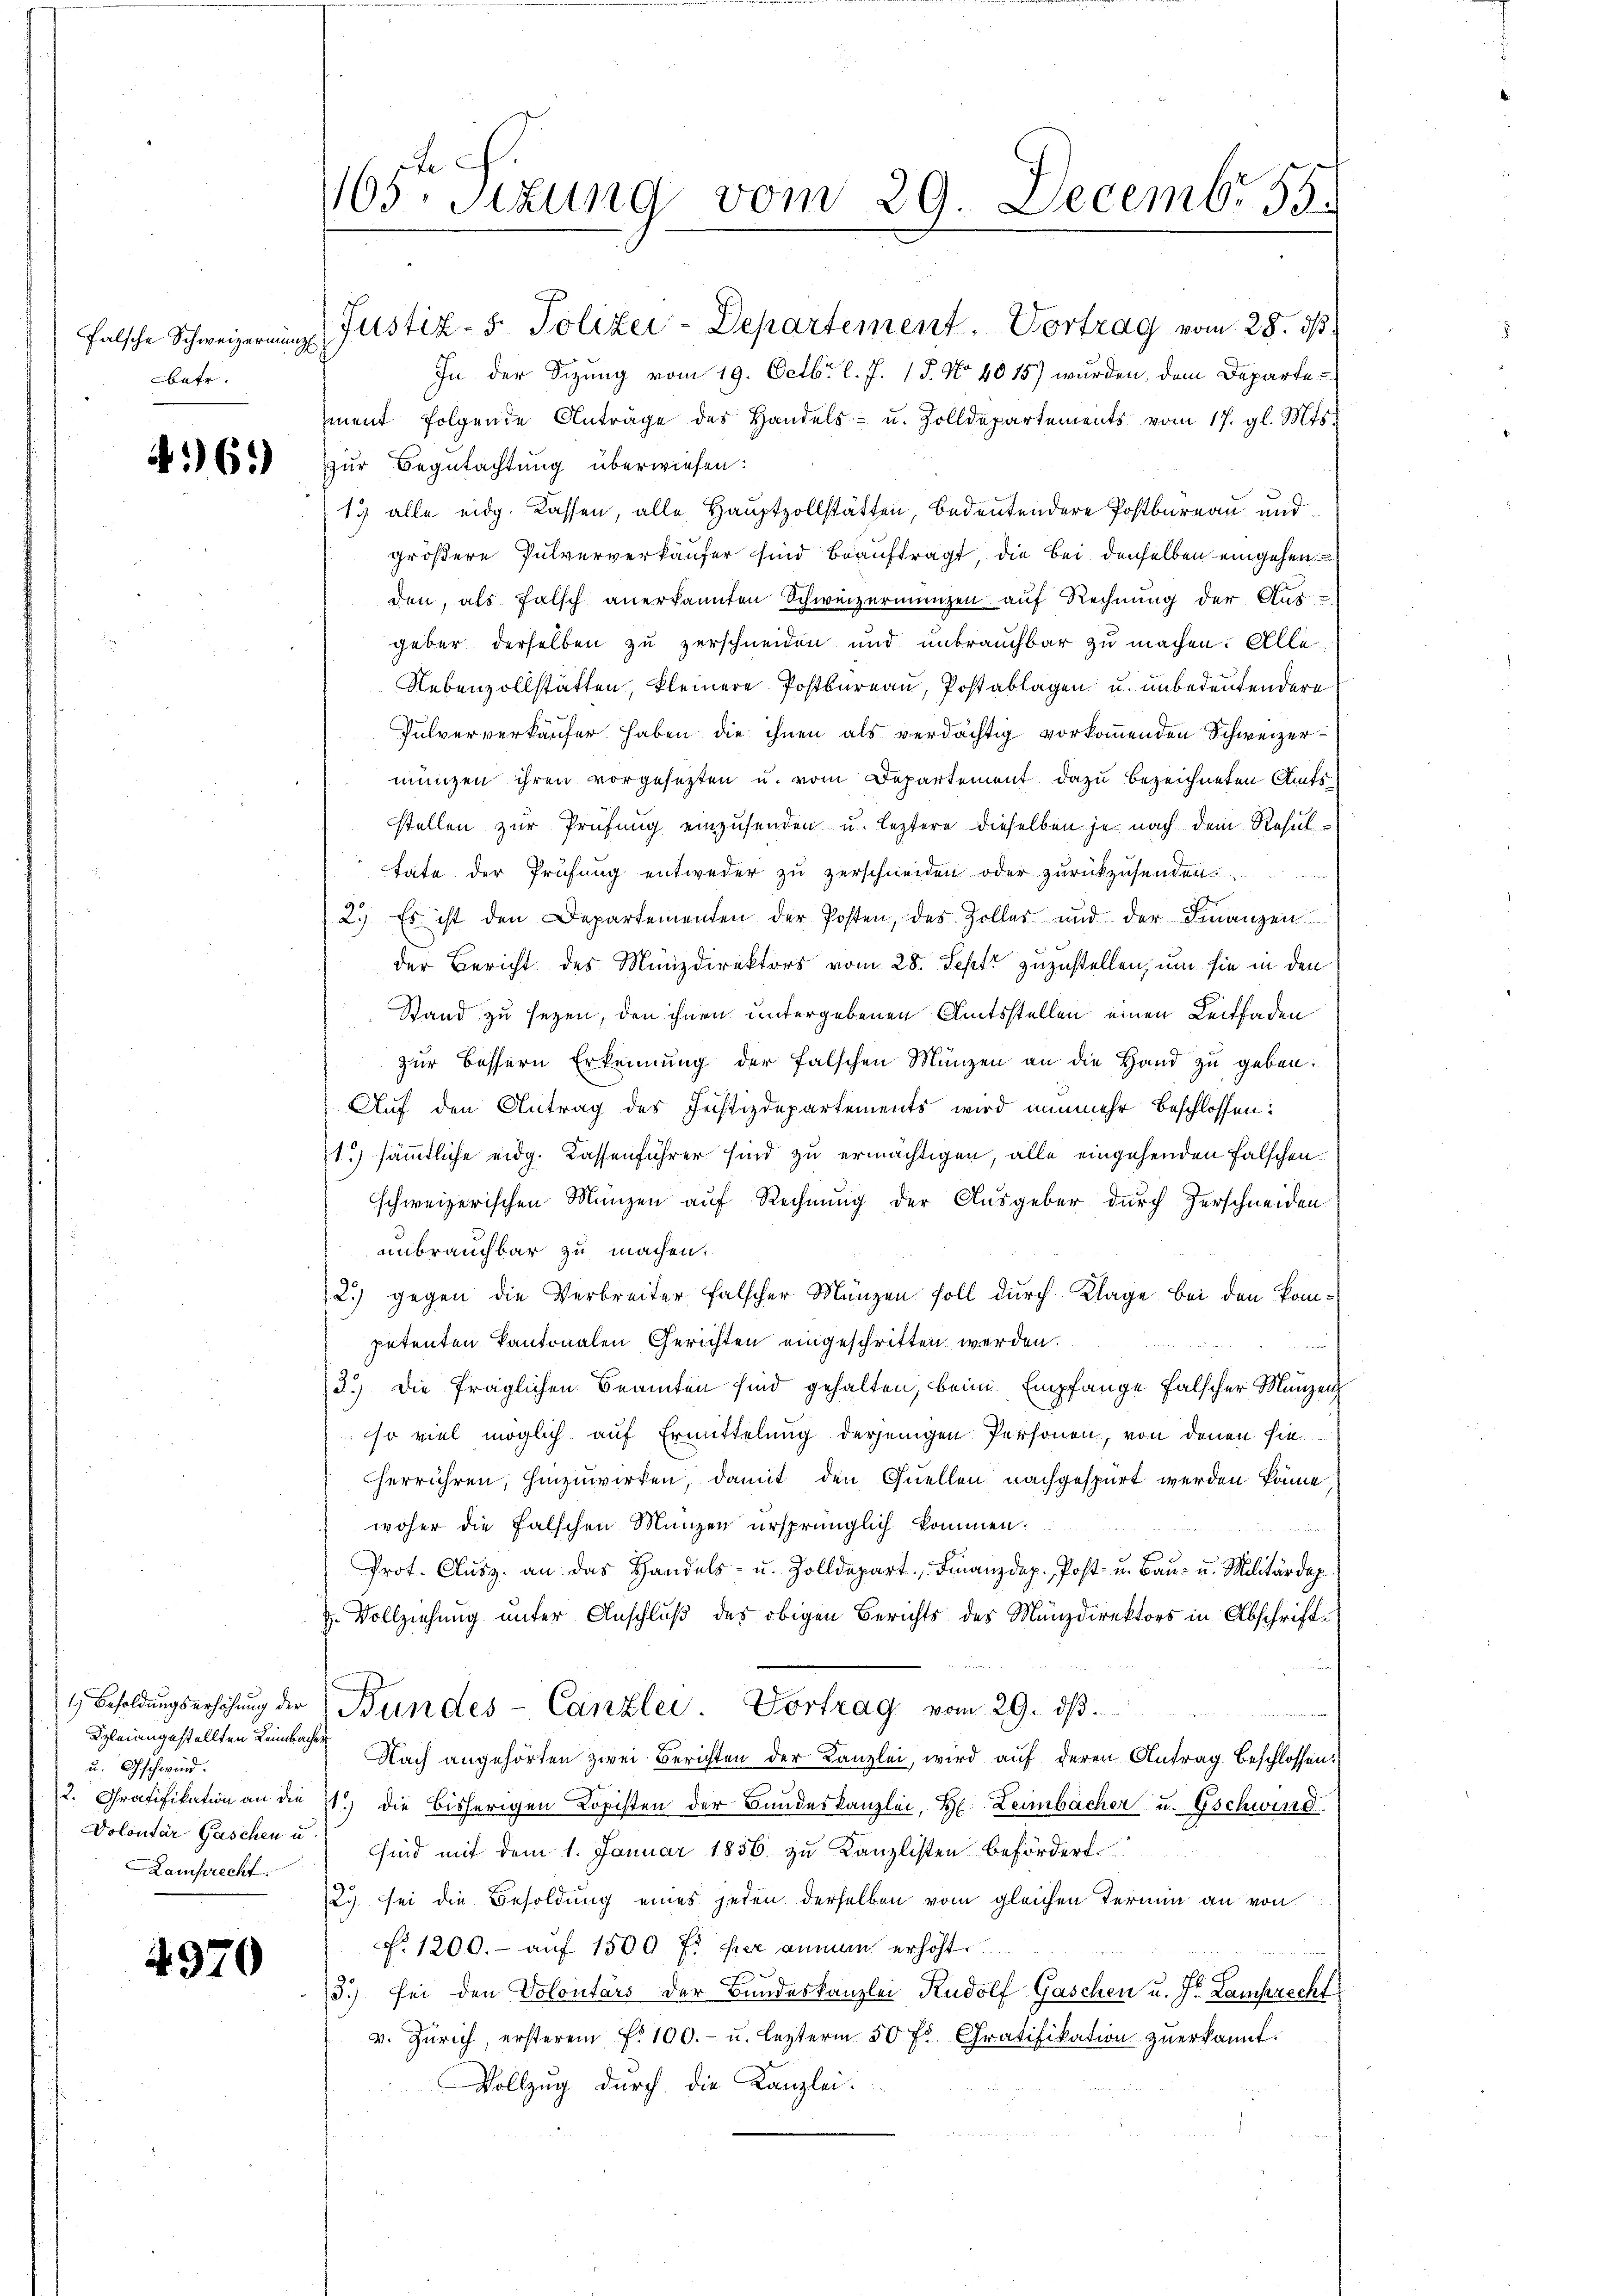
falsche Schweizernung
bate.

461)

Kzleiangestellten Leimbachen
u. Gschwind.
Lamprecht.

4970

e
165. Sizung vom 29. Decembr. 15.

größere Pulververkäufer sind beauftragt, die bei denselben eingehen
den, als Falsch anerkannten Schweizermanzen auf Rechnung der Aus-
geber derselben zu zerschneiden und unbrauchbar zu machen. Alle
Nebenzollstätten, kleinere Postbureau, Postablagen u. unbedeutendere
Pulververkäufer haben die ihnen als verdächtig vorkommenden Schweizermünzen ihren vorgesezten u. vom Departement dazu bezeichneten Amtsstellen zur Prüfung einzusenden u. leztere dieselben je nach dem Resultate der Prüfung entweder zu zerschneiden oder zurückzusenden.
2.) Es ist den Departementen der Posten, des Zoller und der Finanzen
der Bericht des Münzdirektors vom 28. Sept zuzustellen, um sie in den
Stand zu sezen, den ihnen untergebenen Amtsstellen einen Leitfaden
zur Bessern Erkennung der falschen Münzen an die Hand zu geben.
Auf den Antrag des Justizdepartements wird nunmehr beschlossen:
1.) sämmtliche eidg. Kassenführer sind zu ermächtigen, alle eingehenden Falschen.
schweizerischen Münzen auf Rechnung der Ausgeber durch Zerschneiden
unbrauchbar zu machen.
2.) gegen die Verbreiter falscher Münzen soll durch Klage bei den kompetenten kantonalen Gerichten eingeschritten werden.
3.) Die fraglichen Beamten sind gehalten, beim Empfange falscher Münzen
so viel möglich auf Ermittelung derjenigen Personen, von denen sie
herrühren, hinzuwirken, damit den Quellen nachgespürt werden könne.
woher die falschen Münzen ursprünglich kommen.
Prot. Clŭsz. an das Handels- u. Zolldepart Finanzdep. Post- u. Baŭ- u. Militärdep
z. Vollziehung unter Anschluß des obigen Berichts des Münzdirektors in Abschrift¬
1 Besoldŭngserhöhŭng der Bundes-Canzlei. Vortrag vom 29. dβ.
Nach angehörten zwei Berichten der Kanzlei, wird auf deren Antrag beschlossen:
2. Gratifikation an die 1.) die bisherigen Kopisten der Bundeskanzlei, H. Leimbacher u. Gschwind
Volontär Gaschen u. sind mit dem 1. Januar 1856 zu Kanzlisten befördert
23. sei die Besoldung eines jeden derselben vom gleichen Termin an von
No. 1200.- auf 1500 fr per anman erhöht.
3) sei den Volontärs der Bundeskanzlei Rudolf Gaschen u. Dr. Lamprecht
v. Zürich, ersterem f. 100.- u. lezterm 50 fl. Gratifikation zŭerkannt.
Vollzug durch die Kanzlei.

Justiz- & Polizei-Departement. Vortrag vom 28. ds.
In der Sizung vom 19. Octbr. l. J. 15. No 4015) wurden, dem Departe
ment folgende Anträge des Handels- u. Zolldepartements vom 17. gl. Mts.
zur Begutachtung überwiesen:
19. alle eidg. Kassen, alle Hauptzollstätten, bedeutendere Postbureau und